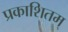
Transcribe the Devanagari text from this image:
प्रकाशितम्